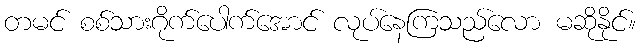
တမင် စစ်သားဂိုက်ပေါက်အောင် လုပ်နေကြသည်လော မဆိုနိုင်။